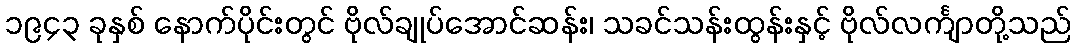
၁၉၄၃ ခုနှစ် နောက်ပိုင်းတွင် ဗိုလ်ချုပ်အောင်ဆန်း၊ သခင်သန်းထွန်းနှင့် ဗိုလ်လင်္ကျာတို့သည်